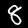
Digit: 8